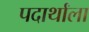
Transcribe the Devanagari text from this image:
पदार्थांला